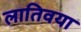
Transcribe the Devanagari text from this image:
लातिवया